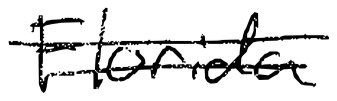
Text: Florida
Cross-out: double-line
Writing tool: digital_black